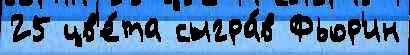
25 цв'е́та сыгра́в Фьор'ин